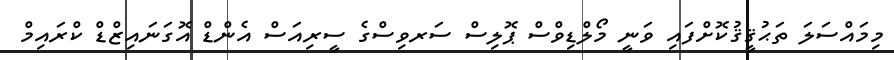
މިމައްސަލަ ތަޙުޤީޤުކޮށްފައި ވަނީ މޯލްޑިވްސް ޕޮލިސް ސަރވިސްގެ ސީރިއަސް އެންޑް އޮގަނައިޒްޑް ކްރައިމް